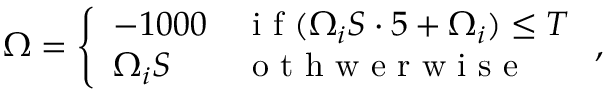
\Omega = \left\{ \begin{array} { l l } { - 1 0 0 0 } & { \mathrm { ~ i ~ f ~ } ( \Omega _ { i } S \cdot 5 + \Omega _ { i } ) \leq T } \\ { \Omega _ { i } S } & { \mathrm { ~ o ~ t ~ h ~ w ~ e ~ r ~ w ~ i ~ s ~ e ~ } } \end{array} \right. ,